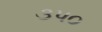
૩પ૦